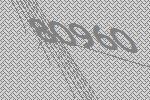
80960